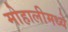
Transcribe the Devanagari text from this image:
मोहालीमध्ये